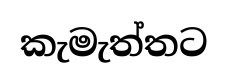
කැමැත්තට